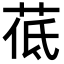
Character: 𦰣